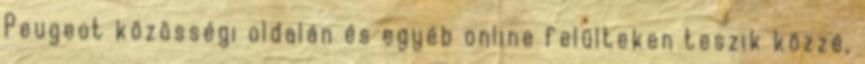
Peugeot közösségi oldalán és egyéb online felülteken teszik közzé,